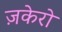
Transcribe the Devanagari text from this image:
ज़केरो